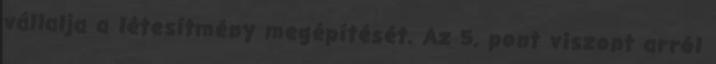
vállalja a létesítmény megépítését. Az 5. pont viszont arról